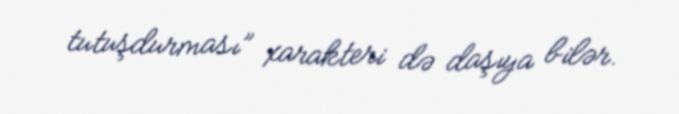
tutuşdurması” xarakteri də daşıya bilər.